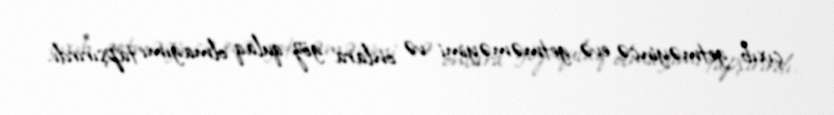
çıxıb getməyincə evə getməməyimi və onlara göz-qulaq olmağımı tapşırırdı.